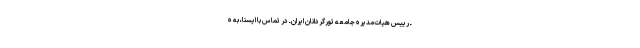
ـ رییس هیات‌مدیره جامعه تورگردانان ایران ـ در تماس با ایسنا، به ه